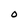
Character: O